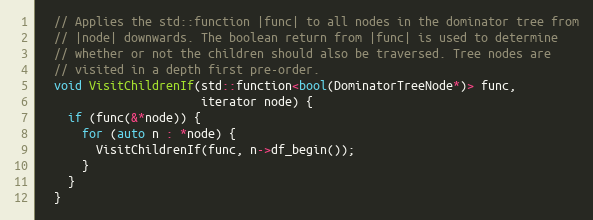
Language: C
  // Applies the std::function |func| to all nodes in the dominator tree from
  // |node| downwards. The boolean return from |func| is used to determine
  // whether or not the children should also be traversed. Tree nodes are
  // visited in a depth first pre-order.
  void VisitChildrenIf(std::function<bool(DominatorTreeNode*)> func,
                       iterator node) {
    if (func(&*node)) {
      for (auto n : *node) {
        VisitChildrenIf(func, n->df_begin());
      }
    }
  }